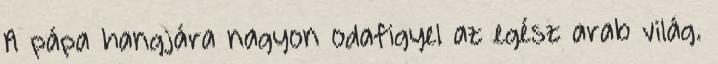
A pápa hangjára nagyon odafigyel az egész arab világ.